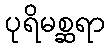
ပုရိမစ္ဆရာ